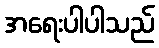
အရေးပါပါသည်